Lock hospitals Punjab
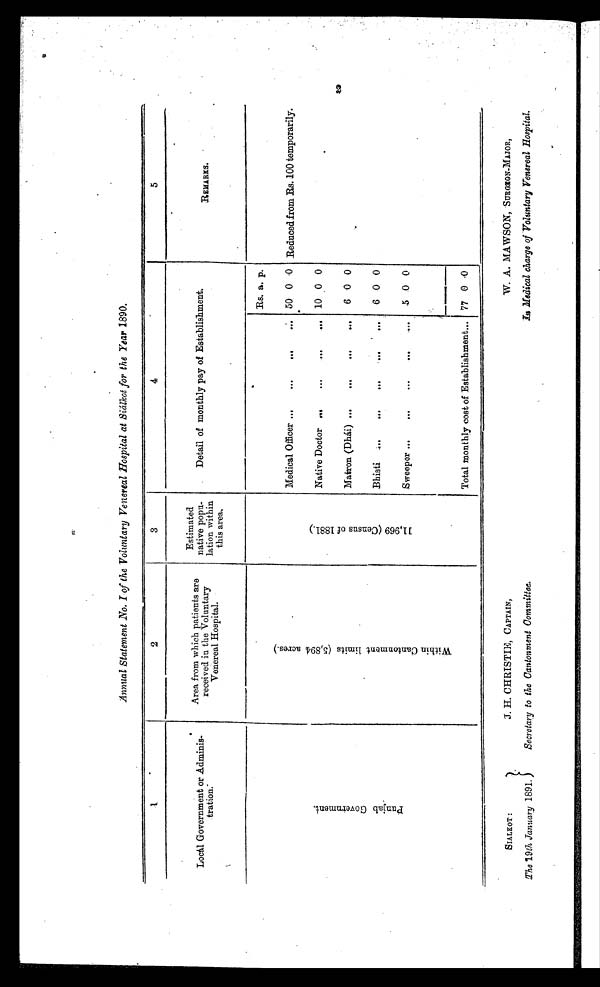
Annual Statement .No. I of the Voluntary Venereal Hospital at Siálkot for the Year 1890.
1
2
3
4
5
Local Government or Adminis
tration.
Area from which patients are
received in the Voluntary
Venereal Hospital.
Estimated
native popu-
lation within
this area.
Detail of monthly pay of Establishment .
REMARKS.
P u n j a b G o v e r n m e n t .
W i t h i n c a n t o n m e n t l i m i t s ( 5 , 8 9 4 a c r e s . )
1 1 , 9 6 9 ( C e n s u s o f 1 8 8 1 . )
Rs. a. p.
Medical Officer
50 0 0 Reduced from Rs. 100 temporarily.
Native Doctor
10 0 0
Matron (Dhái)
6 0 0
Bhisti
6
0
0
Sweeper
5 0 0
Total monthly cost of Establishment
77
0 0
SIALKOT :
J. H. CHRISTIE, CAPTAIN,
W. A. MAWSON, SURGEON-MAJOR,
The 19th January 1891.
Secretary to the Cantonment Committee.
In Medical charge of 'Voluntary Venereal Hospital.